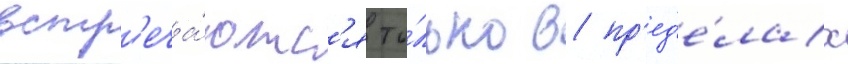
встр'еча́ютс'я то́лько в пр'ед'е́лах